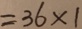
= 3 6 \times 1